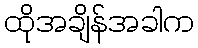
ထိုအချိန်အခါက